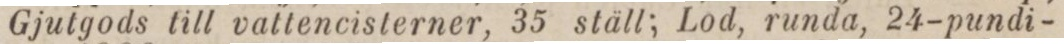
Gjutgods till vattencisterner, 35 ställ; Lod, runda, 24-pundi-